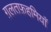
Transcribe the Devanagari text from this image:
ग़लतफ़हमियाँ